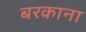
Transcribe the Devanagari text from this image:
बरकाना